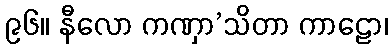
၉၆။ နီလော ကဏှာ’သိတာ ကာဠော၊